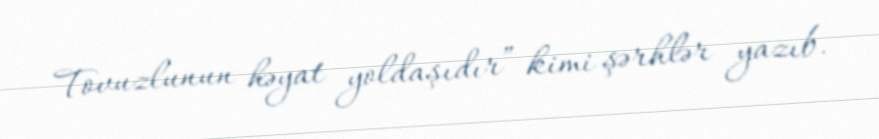
Tovuzlunun həyat yoldaşıdır” kimi şərhlər yazıb.